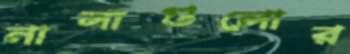
নালাগুলোর